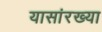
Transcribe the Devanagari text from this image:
यासांरख्या